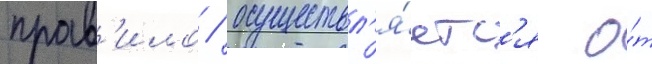
прав'ило / осуществл'я́етс'я о́т